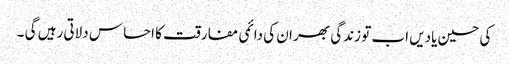
کی حسین یادیں اب تو زندگی بھر ان کی دائمی مفارقت کا احساس دلاتی رہیں گی ۔